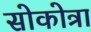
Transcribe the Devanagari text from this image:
सोकोत्रा